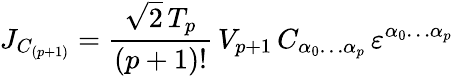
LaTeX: J_{C_{(p+1)}}=\frac{\sqrt{2}\, T_{p}}{(p+1)!}\, V_{p+1}\, C_{\alpha_{0}\ldots\alpha_{p}}\, \varepsilon^{\alpha_{0}\ldots\alpha_{p}}